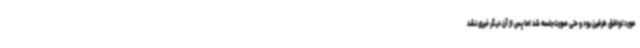
مورد توافق طرفین بود و حتی صورت‌جلسه شد اما پس از آن دیگر خبری نشد